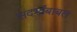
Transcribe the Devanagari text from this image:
संदर्भांबाबत